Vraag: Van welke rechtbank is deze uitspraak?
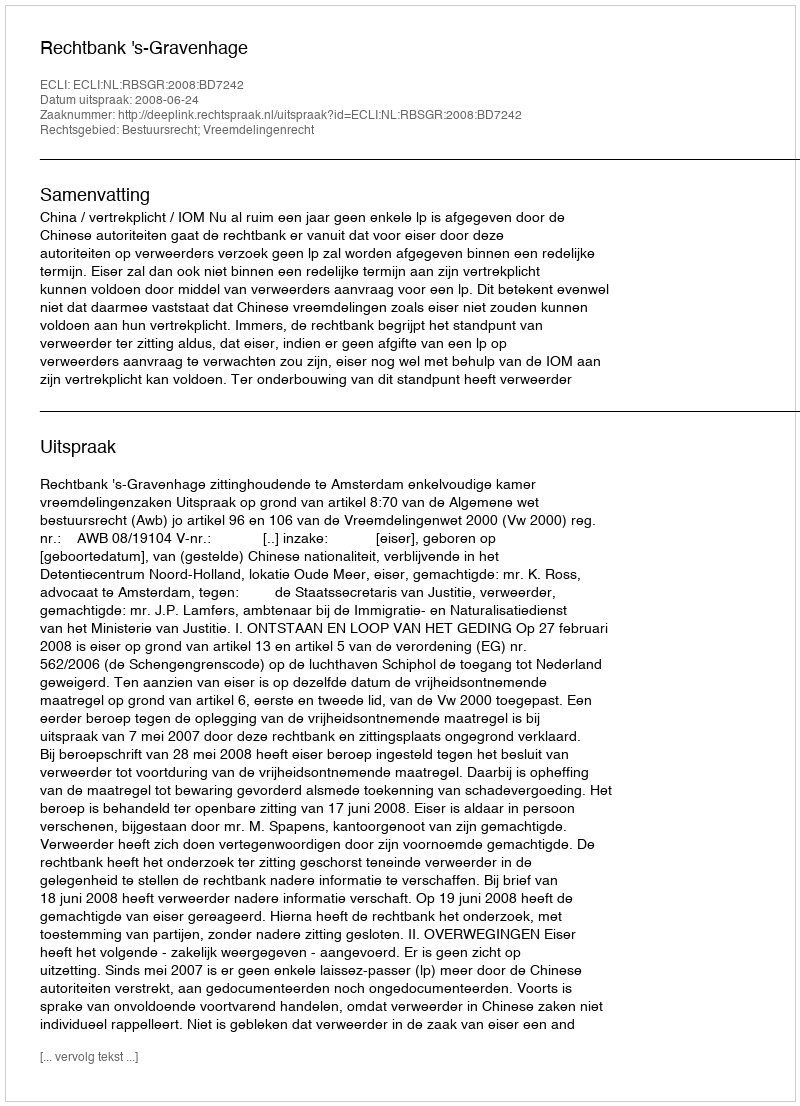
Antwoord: Rechtbank 's-Gravenhage